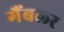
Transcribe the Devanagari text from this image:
गैंबलर